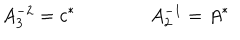
A _ { 3 } ^ { - 2 } = c ^ { * } \qquad \qquad A _ { 2 } ^ { - 1 } = A ^ { * }